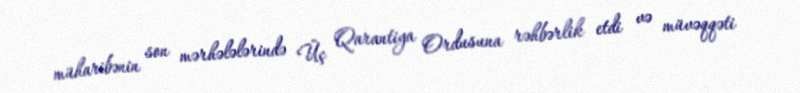
müharibənin son mərhələlərində Üç Qarantiya Ordusuna rəhbərlik etdi və müvəqqəti